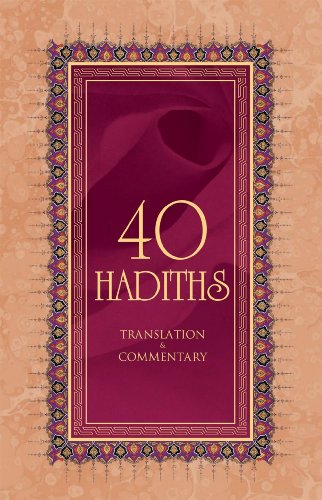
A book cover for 40 Hadiths; Ali Budak; Religion & Spirituality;